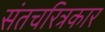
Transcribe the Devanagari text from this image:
संतचरित्रकार